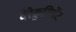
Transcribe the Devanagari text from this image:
देरेक्रुतिमेंट